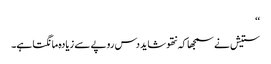
‘‘
ستیش نے سمجھا کہ نتھو شاید دس روپے سے زیادہ مانگتا ہے۔